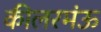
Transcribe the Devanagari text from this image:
कीलरमंऊ